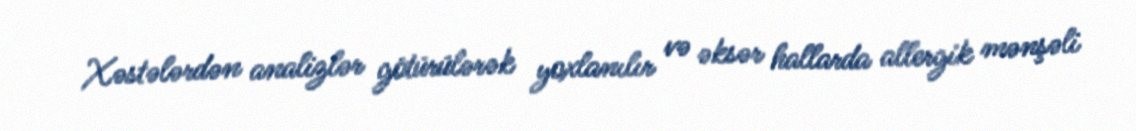
Xəstələrdən analizlər götürülərək yoxlanılır və əksər hallarda allergik mənşəli